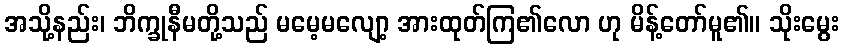
အသို့နည်း၊ ဘိက္ခုနီမတို့သည် မမေ့မလျော့ အားထုတ်ကြ၏လော ဟု မိန့်တော်မူ၏။ သိုးမွေး